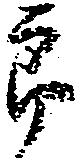
郎